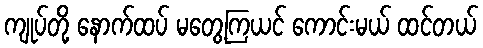
ကျုပ်တို့ နောက်ထပ် မတွေ့ကြယင် ကောင်းမယ် ထင်တယ်